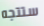
ستتجه